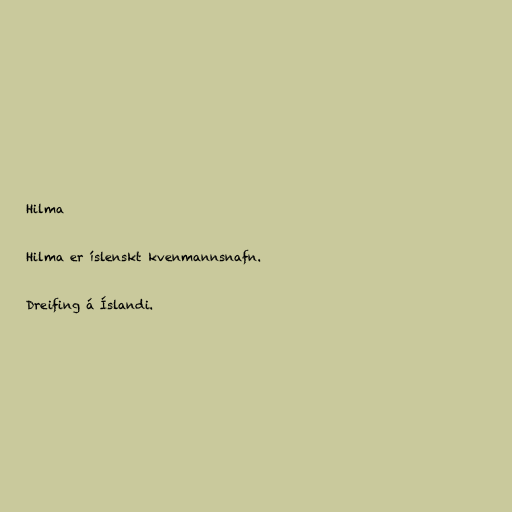
Hilma

Hilma er íslenskt kvenmannsnafn.

Dreifing á Íslandi.